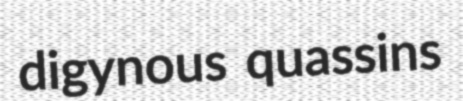
digynous quassins